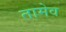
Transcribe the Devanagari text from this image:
तामेव